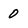
Character: 0